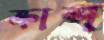
ক্রাশ